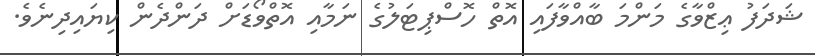
ޝަދަފު ޢިޒްވާގެ މަންމަ ބާއްވާފައި އޮތް ހޮސްޕިޓަލުގެ ނަމާއި އޮތްވޯޑަށް ދަންދެން ކިޔައިދިނެވެ.